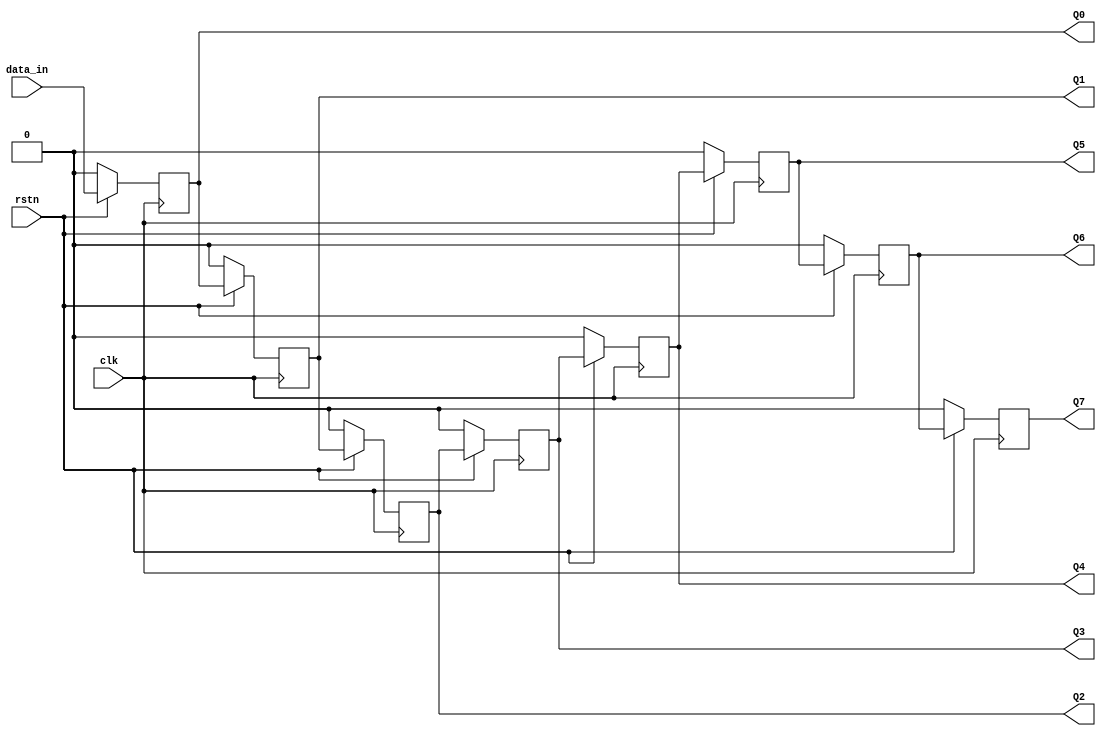
`timescale 1ns / 1ps
//////////////////////////////////////////////////////////////////////////////////
// Company: 
// Engineer: 
// 
// Design Name: 
// Module Name: serial_shift
// Project Name: 
// Target Devices: 
// Tool Versions: 
// Description: 
// 
// Dependencies: 
// 
// Revision:
// Revision 0.01 - File Created
// Additional Comments:
// 
//////////////////////////////////////////////////////////////////////////////////


module serial_shift(
    input clk,
    input rstn,
    input data_in,
    output reg Q0,
    output reg Q1,
    output reg Q2,
    output reg Q3,
    output reg Q4,
    output reg Q5,
    output reg Q6,
    output reg Q7
    );
    
always@(posedge clk)begin
    if(~rstn)begin
        Q0 <= 0;
        Q1 <= 0;
        Q2 <= 0;
        Q3 <= 0;
        Q4 <= 0;
        Q5 <= 0;
        Q6 <= 0;
        Q7 <= 0;
    end else begin
        Q0 <= data_in;
        Q1 <= Q0;
        Q2 <= Q1;
        Q3 <= Q2;
        Q4 <= Q3;
        Q5 <= Q4;
        Q6 <= Q5;
        Q7 <= Q6;    
    end
end    
    
endmodule